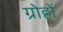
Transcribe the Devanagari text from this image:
ग्रोहों